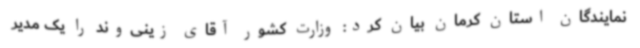
نمایندگان استان کرمان بیان کرد: وزارت کشور آقای زینی‌وند را یک مدیر